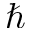
\hbar